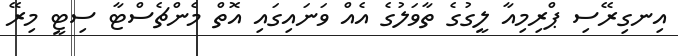
އިނގިރޭސި ޕްރިމިއާ ލީގުގެ ތާވަލުގެ އެއް ވަނައިގައި އޮތް މެންޗެސްޓާ ސިޓީ މިރޭ